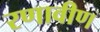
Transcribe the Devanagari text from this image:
रणावीण